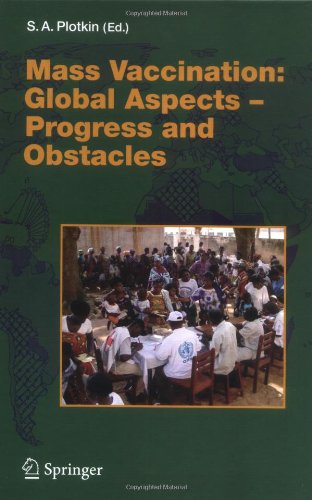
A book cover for Mass Vaccination: Global Aspects - Progress and Obstacles (Current Topics in Microbiology and Immunology); Health, Fitness & Dieting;